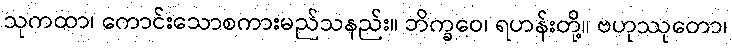
သုကထာ၊ ကောင်းသောစကားမည်သနည်း။ ဘိက္ခဝေ၊ ရဟန်းတို့။ ဗဟုဿုတော၊